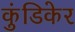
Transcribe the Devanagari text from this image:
कुंडिकेर